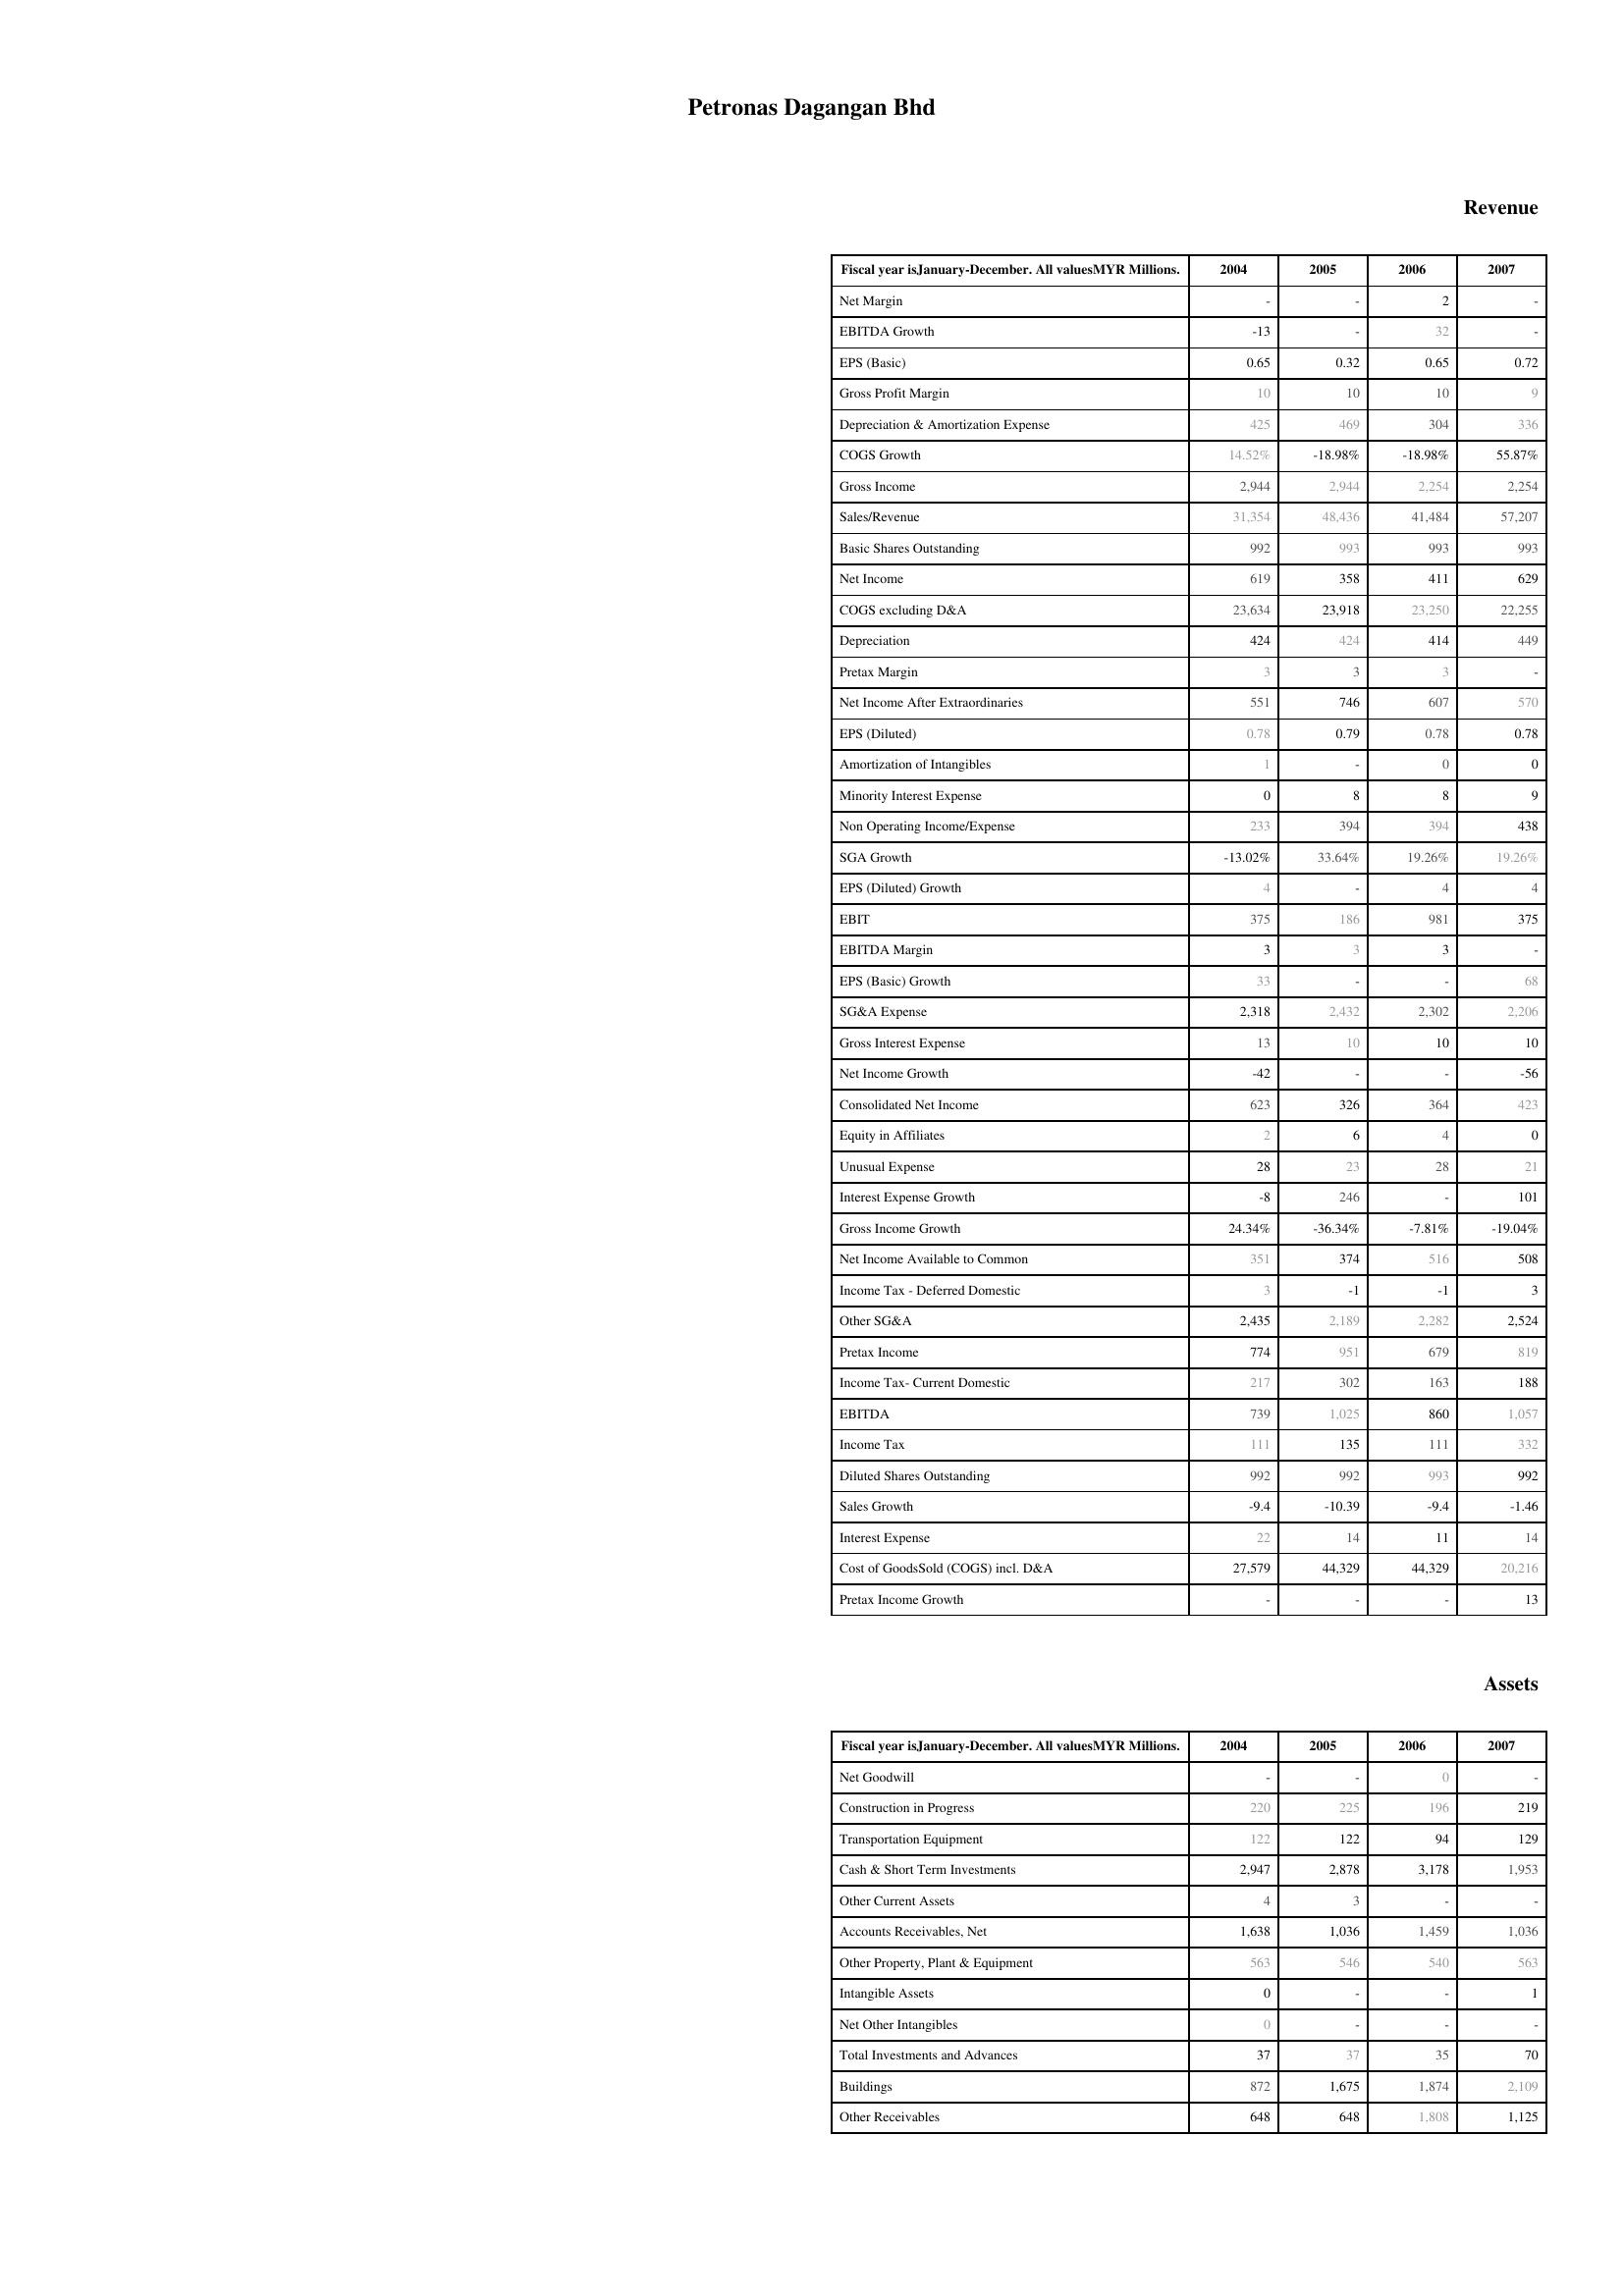
2004: Revenue: Net Margin: -
EBITDA Growth: -13
EPS (Basic): 0.65
Gross Profit Margin: 10
Depreciation & Amortization Expense: 425
COGS Growth: 14.52%
Gross Income: 2,944
Sales/Revenue: 31,354
Basic Shares Outstanding: 992
Net Income: 619
COGS excluding D&A: 23,634
Depreciation: 424
Pretax Margin: 3
Net Income After Extraordinaries: 551
EPS (Diluted): 0.78
Amortization of Intangibles: 1
Minority Interest Expense: 0
Non Operating Income/Expense: 233
SGA Growth: -13.02%
EPS (Diluted) Growth: 4
EBIT: 375
EBITDA Margin: 3
EPS (Basic) Growth: 33
SG&A Expense: 2,318
Gross Interest Expense: 13
Net Income Growth: -42
Consolidated Net Income: 623
Equity in Affiliates: 2
Unusual Expense: 28
Interest Expense Growth: -8
Gross Income Growth: 24.34%
Net Income Available to Common: 351
Income Tax - Deferred Domestic: 3
Other SG&A: 2,435
Pretax Income: 774
Income Tax- Current Domestic: 217
EBITDA: 739
Income Tax: 111
Diluted Shares Outstanding: 992
Sales Growth: -9.4
Interest Expense: 22
Cost of GoodsSold (COGS) incl. D&A: 27,579
Pretax Income Growth: -
Assets: Net Goodwill: -
Construction in Progress: 220
Transportation Equipment: 122
Cash & Short Term Investments: 2,947
Other Current Assets: 4
Accounts Receivables, Net: 1,638
Other Property, Plant & Equipment: 563
Intangible Assets: 0
Net Other Intangibles: 0
Total Investments and Advances: 37
Buildings: 872
Other Receivables: 648
2005: Revenue: Net Margin: -
EBITDA Growth: -
EPS (Basic): 0.32
Gross Profit Margin: 10
Depreciation & Amortization Expense: 469
COGS Growth: -18.98%
Gross Income: 2,944
Sales/Revenue: 48,436
Basic Shares Outstanding: 993
Net Income: 358
COGS excluding D&A: 23,918
Depreciation: 424
Pretax Margin: 3
Net Income After Extraordinaries: 746
EPS (Diluted): 0.79
Amortization of Intangibles: -
Minority Interest Expense: 8
Non Operating Income/Expense: 394
SGA Growth: 33.64%
EPS (Diluted) Growth: -
EBIT: 186
EBITDA Margin: 3
EPS (Basic) Growth: -
SG&A Expense: 2,432
Gross Interest Expense: 10
Net Income Growth: -
Consolidated Net Income: 326
Equity in Affiliates: 6
Unusual Expense: 23
Interest Expense Growth: 246
Gross Income Growth: -36.34%
Net Income Available to Common: 374
Income Tax - Deferred Domestic: -1
Other SG&A: 2,189
Pretax Income: 951
Income Tax- Current Domestic: 302
EBITDA: 1,025
Income Tax: 135
Diluted Shares Outstanding: 992
Sales Growth: -10.39
Interest Expense: 14
Cost of GoodsSold (COGS) incl. D&A: 44,329
Pretax Income Growth: -
Assets: Net Goodwill: -
Construction in Progress: 225
Transportation Equipment: 122
Cash & Short Term Investments: 2,878
Other Current Assets: 3
Accounts Receivables, Net: 1,036
Other Property, Plant & Equipment: 546
Intangible Assets: -
Net Other Intangibles: -
Total Investments and Advances: 37
Buildings: 1,675
Other Receivables: 648
2006: Revenue: Net Margin: 2
EBITDA Growth: 32
EPS (Basic): 0.65
Gross Profit Margin: 10
Depreciation & Amortization Expense: 304
COGS Growth: -18.98%
Gross Income: 2,254
Sales/Revenue: 41,484
Basic Shares Outstanding: 993
Net Income: 411
COGS excluding D&A: 23,250
Depreciation: 414
Pretax Margin: 3
Net Income After Extraordinaries: 607
EPS (Diluted): 0.78
Amortization of Intangibles: 0
Minority Interest Expense: 8
Non Operating Income/Expense: 394
SGA Growth: 19.26%
EPS (Diluted) Growth: 4
EBIT: 981
EBITDA Margin: 3
EPS (Basic) Growth: -
SG&A Expense: 2,302
Gross Interest Expense: 10
Net Income Growth: -
Consolidated Net Income: 364
Equity in Affiliates: 4
Unusual Expense: 28
Interest Expense Growth: -
Gross Income Growth: -7.81%
Net Income Available to Common: 516
Income Tax - Deferred Domestic: -1
Other SG&A: 2,282
Pretax Income: 679
Income Tax- Current Domestic: 163
EBITDA: 860
Income Tax: 111
Diluted Shares Outstanding: 993
Sales Growth: -9.4
Interest Expense: 11
Cost of GoodsSold (COGS) incl. D&A: 44,329
Pretax Income Growth: -
Assets: Net Goodwill: 0
Construction in Progress: 196
Transportation Equipment: 94
Cash & Short Term Investments: 3,178
Other Current Assets: -
Accounts Receivables, Net: 1,459
Other Property, Plant & Equipment: 540
Intangible Assets: -
Net Other Intangibles: -
Total Investments and Advances: 35
Buildings: 1,874
Other Receivables: 1,808
2007: Revenue: Net Margin: -
EBITDA Growth: -
EPS (Basic): 0.72
Gross Profit Margin: 9
Depreciation & Amortization Expense: 336
COGS Growth: 55.87%
Gross Income: 2,254
Sales/Revenue: 57,207
Basic Shares Outstanding: 993
Net Income: 629
COGS excluding D&A: 22,255
Depreciation: 449
Pretax Margin: -
Net Income After Extraordinaries: 570
EPS (Diluted): 0.78
Amortization of Intangibles: 0
Minority Interest Expense: 9
Non Operating Income/Expense: 438
SGA Growth: 19.26%
EPS (Diluted) Growth: 4
EBIT: 375
EBITDA Margin: -
EPS (Basic) Growth: 68
SG&A Expense: 2,206
Gross Interest Expense: 10
Net Income Growth: -56
Consolidated Net Income: 423
Equity in Affiliates: 0
Unusual Expense: 21
Interest Expense Growth: 101
Gross Income Growth: -19.04%
Net Income Available to Common: 508
Income Tax - Deferred Domestic: 3
Other SG&A: 2,524
Pretax Income: 819
Income Tax- Current Domestic: 188
EBITDA: 1,057
Income Tax: 332
Diluted Shares Outstanding: 992
Sales Growth: -1.46
Interest Expense: 14
Cost of GoodsSold (COGS) incl. D&A: 20,216
Pretax Income Growth: 13
Assets: Net Goodwill: -
Construction in Progress: 219
Transportation Equipment: 129
Cash & Short Term Investments: 1,953
Other Current Assets: -
Accounts Receivables, Net: 1,036
Other Property, Plant & Equipment: 563
Intangible Assets: 1
Net Other Intangibles: -
Total Investments and Advances: 70
Buildings: 2,109
Other Receivables: 1,125